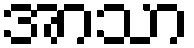
အာသာ